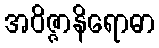
အဝိဇ္ဇာနိရောဓာ